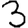
Digit: 3